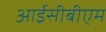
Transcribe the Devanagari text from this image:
आईसीबीएम